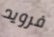
فرويد